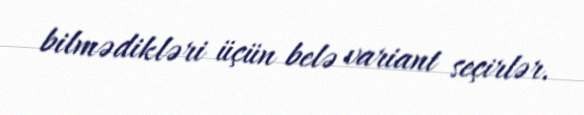
bilmədikləri üçün belə variant seçirlər.